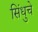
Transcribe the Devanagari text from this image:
सिंधुचे